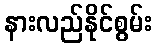
နားလည်နိုင်စွမ်း